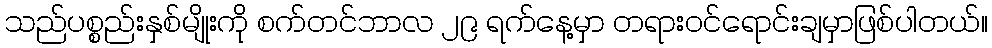
သည်ပစ္စည်းနှစ်မျိုးကို စက်တင်ဘာလ ၂၉ ရက်နေ့မှာ တရားဝင်ရောင်းချမှာဖြစ်ပါတယ်။